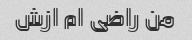
من راضی ام ازش